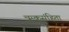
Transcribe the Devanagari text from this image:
ऋक्‌संहिता